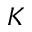
K